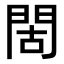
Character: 𫔜